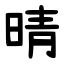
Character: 晴